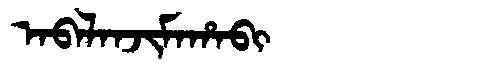
Manchu: ᠠᠪᠠᠯᠠᠨᠵᡳᠮᠠᡥᠠᠪᡳ
Romanization: ABALANJIMAHABI